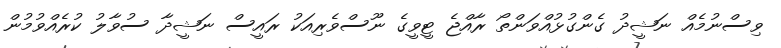
ވިސްނުމެއް ނަޝީދު ގެންގުޅުއްވަންތޯ ރާއްޖެ ޓީވީގެ ނޫސްވެރިއަކު ރައީސް ނަޝީދާ ސުވާލު ކުރެއްވުމުން